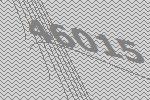
46015